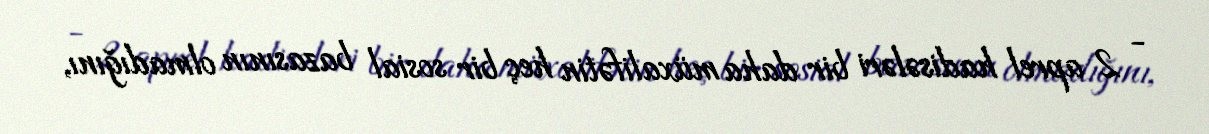
- 2 aprel hadisələri bir daha müxalifətin heç bir sosial bazasının olmadığını,